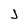
Character: J